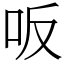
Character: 𠯘